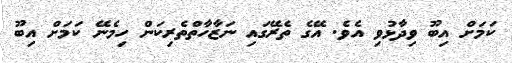
ކަމަށް އިބޫ ވިދާޅުވި އެވެ. އޭގެ ތެރޭގައި ނަޒާހާތްތެރިކަން ހިމެނޭ ކަމަށް އިބޫ